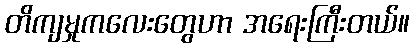
တိကျမှုကလေးတွေဟာ အရေးကြီးတယ်။